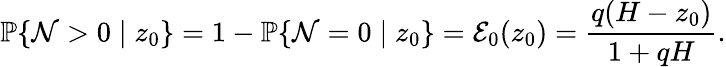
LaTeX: \mathbb{P}\{ \mathcal{N}>0\mid z_{0}\} =1-\mathbb{P}\{ \mathcal{N}=0\mid z_{0}\} =\mathcal{E}_{0}(z_{0})=\frac{q(H-z_{0})}{1+qH}.